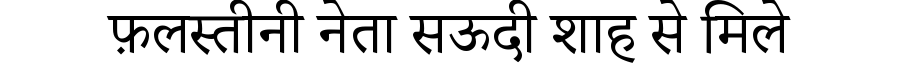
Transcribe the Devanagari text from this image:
फ़लस्तीनी नेता सऊदी शाह से मिले